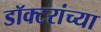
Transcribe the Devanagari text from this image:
डॉक्‍टरांच्या